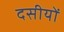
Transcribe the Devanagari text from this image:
दसीयों